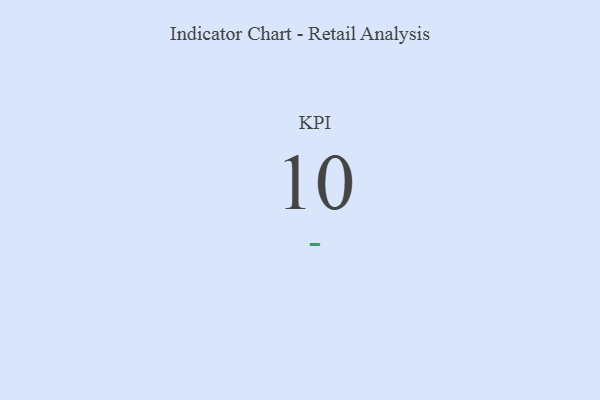
{"axis": {"x": "KPI", "y": "Value"}, "legend": [""], "data": [{"x": "KPI", "y": 10, "type": ""}]}